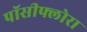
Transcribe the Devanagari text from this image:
पॉसीफ्लोरा